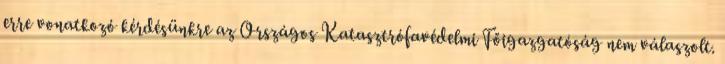
erre vonatkozó kérdésünkre az Országos Katasztrófavédelmi Főigazgatóság nem válaszolt.